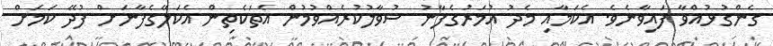
ގެންގުޅުއްވާ ފައިވާނެވެ. އެކަމާއި މެދު އުމަރުގެފާނު ސުވާލުކުރެއްވުމުން އެތަކެތިން އެކަލޭގެފާނަށް ފުދޭ ކަމަށް